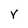
Character: Y